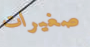
صغيرات